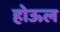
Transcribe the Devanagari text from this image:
होऊल